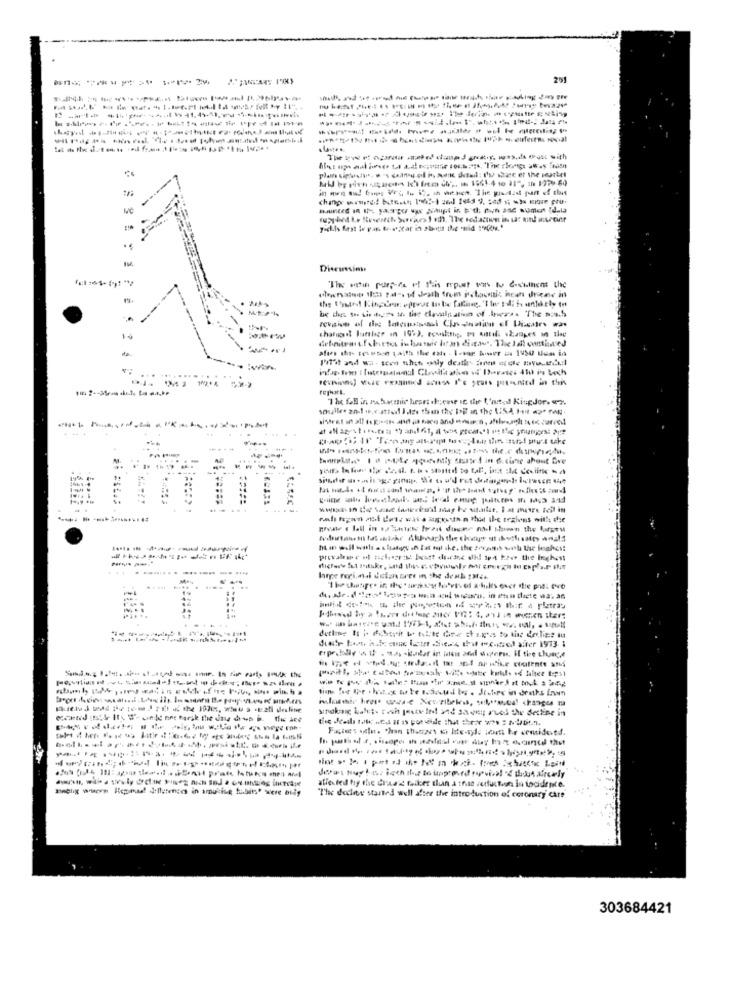
201
MĚ
Dieuesinn
..
19
-- 1
--
large reci.mal Veten orer in the desk Mak
ETT
allested hy the draare tadcer than a that reduction in tocidence.
"The decle started well after the introduction of coronary care
303684421